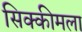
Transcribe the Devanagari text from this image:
सिक्कीमला